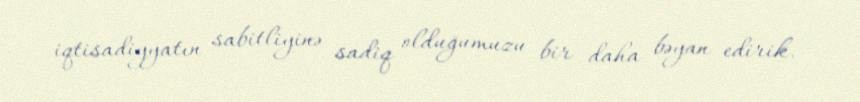
iqtisadiyyatın sabitliyinə sadiq olduğumuzu bir daha bəyan edirik.